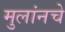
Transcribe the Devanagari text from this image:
मुलांनचे